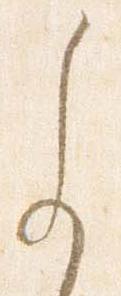
参